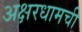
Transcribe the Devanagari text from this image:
अक्षरधामची